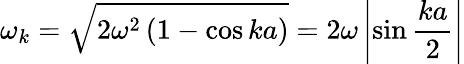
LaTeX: \omega_{k}={\sqrt{2\omega^{2}\left(1-\cos{ka}\right)}}=2\omega\left|\sin{\frac{ka}{2}}\right|